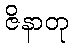
ဇိနာတု